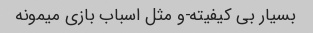
بسیار بی کیفیته-و مثل اسباب بازی میمونه